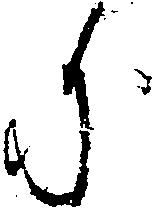
に